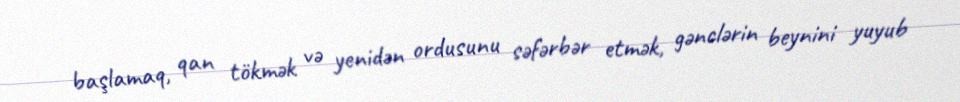
başlamaq, qan tökmək və yenidən ordusunu səfərbər etmək, gənclərin beynini yuyub